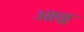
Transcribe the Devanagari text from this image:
आळु